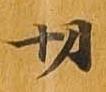
切